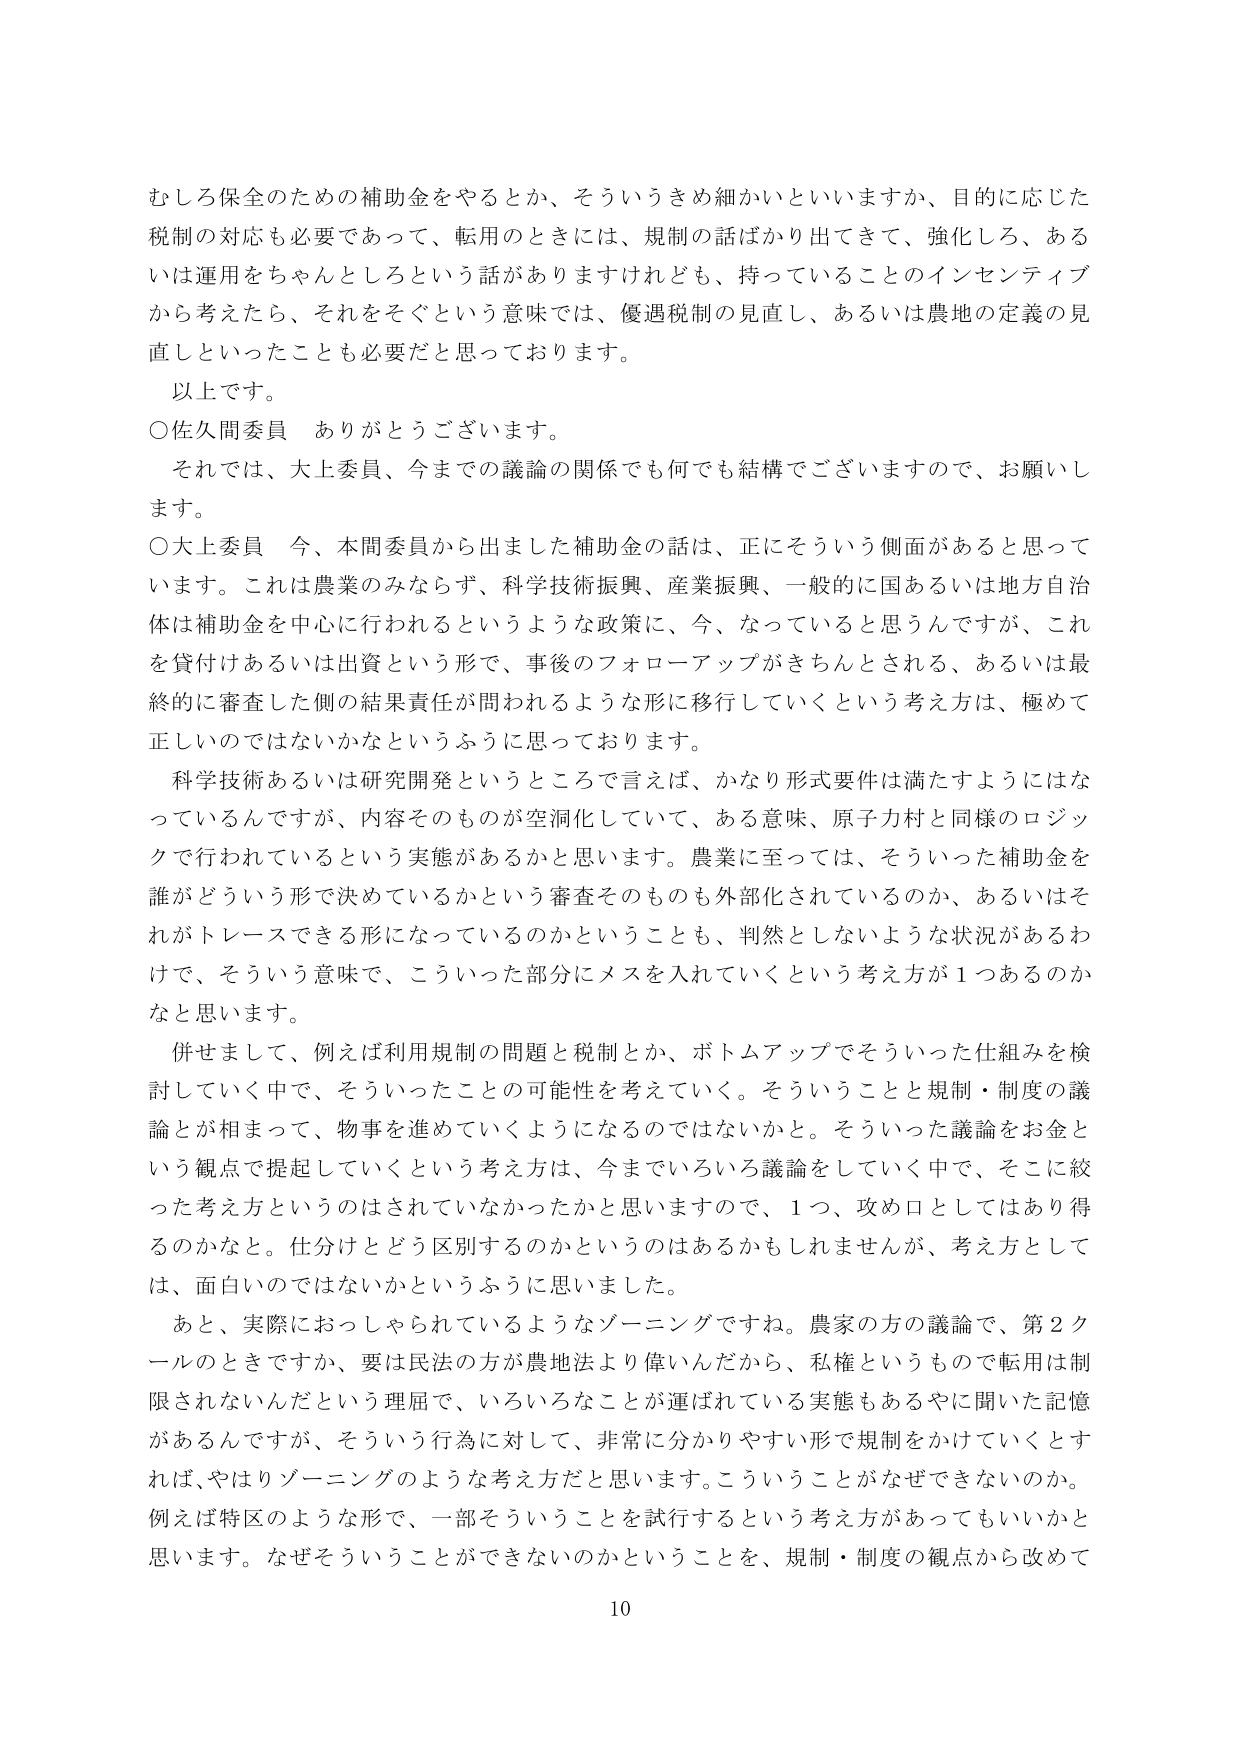
むしろ保全のための補助金をやるとか、そういうきめ細かいといいますか、目的に応じた税制の対応も必要であって、転用のときには、規制の話ばかり出てきて、強化しろ、あるいは運用をちゃんとしろという話がありますけれども、持っていることのインセンティブから考えたら、それをそぐという意味では、優遇税制の見直し、あるいは農地の定義の見直しといったことも必要だと思っております。

以上です。

○佐久間委員　ありがとうございます。

それでは、大上委員、今までの議論の関係でも何でも結構でございますので、お願いします。

○大上委員　今、本間委員から出ました補助金の話は、正にそういう側面があると思ってい ます。これは農業のみならず、科学技術振興、産業振興、一般的に国あるいは地方自治体は補助金を中心に行われるというような政策に、今、なっていると思うんですが、これを貸付けあるいは出資という形で、事後のフォローアップがきちんとされる、あるいは最終的に審査した側の結果責任が問われるような形に移行していくという考え方は、極めて正しいのではないかなというふうに思っております。

科学技術あるいは研究開発というところ而言えば、かなり形式要件は満たすようにはなっているんですが、内容そのものが空洞化していて、ある意味、原子力村と同様のロジックで行われているという実態があるかと思います。農業に至っては、そういった補助金を誰がどういう形で決めているかという審査そのものも外部化されているのか、あるいはそれがトレースできる形になっているのかということも、判然としないような状況があるわけで、そういう意味で、こういった部分にメスを入れていくという考え方が１つあるのかなと思います。

併せまして、例えば利用規制の問題と税制とか、ボトムアップでそういった仕組みを検討していく中で、そういったことの可能性を考えていく。そういうことと規制・制度の議論とが相まって、物事を進めていくようになるのではないでしょうか。そういった議論をお金という観点で提起していくという考え方は、今までいろいろ議論をしていく中で、そこに絞った考え方というのはされていなかったかと思いますので、１つ、攻め口としてはあり得るのかなと。仕分けとどう区別するのかというのはあるかもしれませんが、考え方としては、面白いのではないかというふうに思いました。

あと、実際におっしゃられているようなゾーニングですね。農家の方の議論で、第２クールのときですか、要は民法の方が農地法より偉いんだから、私権というもので転用は制限されないんだという理屈で、いろいろなことが運ばれている実態もあるやに聞いた記憶があるんですが、そういう行為に対して、非常に分かりやすい形で規制をかけていくとすれば、やはりゾーニングのような考え方だと思います。こういうことがなぜできないのか。例えば特区のような形で、一部そういうことを試行するという考え方があってもいいかと思います。なぜそういうことができないのかということを、規制・制度の観点から改めて

10